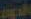
الدولة